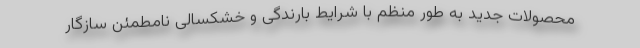
محصولات جدید به طور منظم با شرایط بارندگی و خشکسالی نامطمئن سازگار